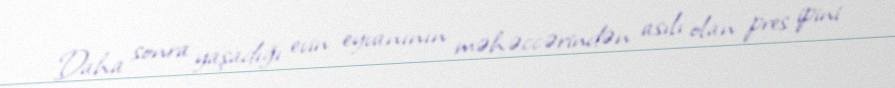
Daha sonra yaşadığı evin eyvanının məhəccərindən asılı olan pres ipini